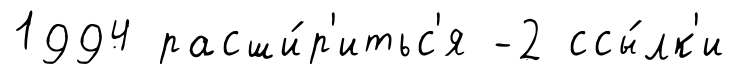
1994 расши́р'итьс'я -2 ссы́лк'и